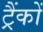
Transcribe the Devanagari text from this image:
ट्रैंकों